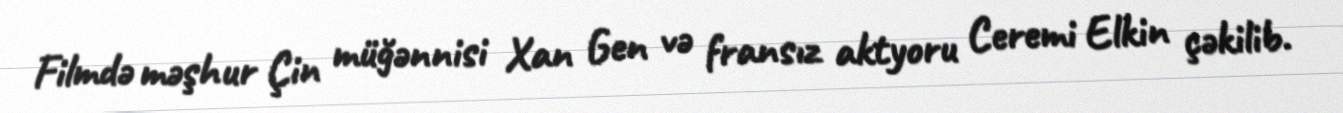
Filmdə məşhur Çin müğənnisi Xan Gen və fransız aktyoru Ceremi Elkin çəkilib.